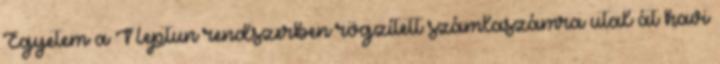
Egyetem a Neptun rendszerben rögzített számlaszámra utal át havi